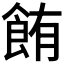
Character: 𫗏